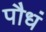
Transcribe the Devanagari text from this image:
पौधं